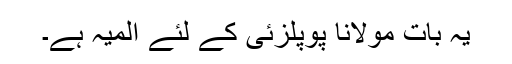
یہ بات مولانا پوپلزئی کے لئے المیہ ہے۔